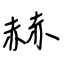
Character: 赫